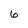
Character: 6